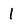
Character: l